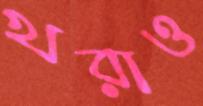
খরাও